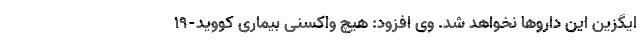
ایگزین این داروها نخواهد شد. وی افزود: هیچ واکسنی بیماری کووید-۱۹